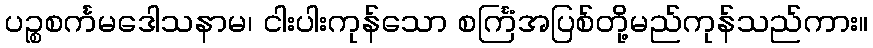
ပဉ္စစင်္ကမဒေါသနာမ၊ ငါးပါးကုန်သော စင်္ကြံအပြစ်တို့မည်ကုန်သည်ကား။